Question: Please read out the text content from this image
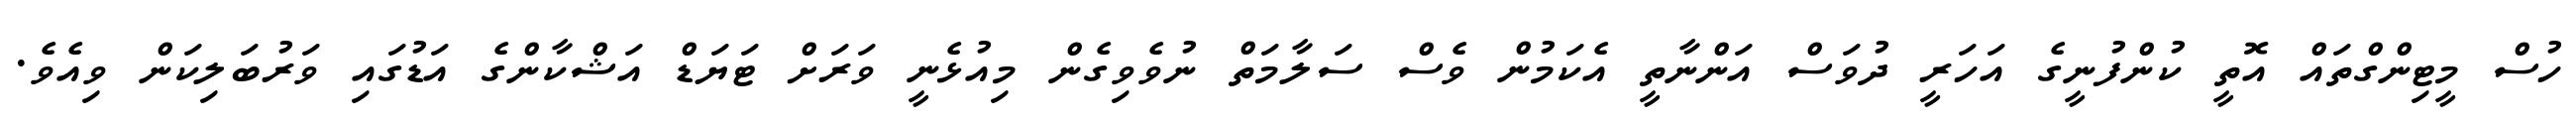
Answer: ހުސް މީޓިންގްތައް އޮތީ ކުންފުނީގެ އަހަރީ ދުވަސް އަންނާތީ އެކަމުން ވެސް ސަލާމަތް ނުވެވިގެން މިއުޅެނީ ވަރަށް ޓަޔަޑް އަޝްކާންގެ އަޑުގައި ވަރުބަލިކަން ވިއެވެ.